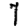
Digit: 7